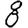
Digit: 8